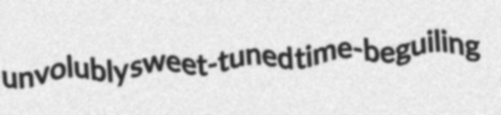
unvolubly sweet-tuned time-beguiling